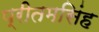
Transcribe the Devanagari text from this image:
प्रीतमसिंह